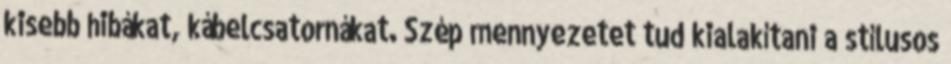
kisebb hibákat, kábelcsatornákat. Szép mennyezetet tud kialakítani a stílusos